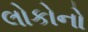
લોકોનો